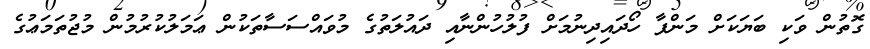
ގޮތުން ވަކި ބަޔަކަށް މަންފާ ހޯދައިދިނުމަށް ފުލުހުންނާއި ދައުލަތުގެ މުވައްސަސާތަކުން ޢަމަލުކުރުމުން މުޖުތަމަޢުގެ